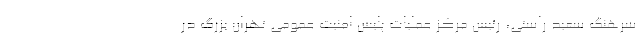
سرهنگ سعید راستی، رئیس مرکز عملیات پلیس امنیت عمومی تهران بزرگ در